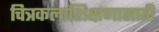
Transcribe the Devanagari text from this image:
चित्रकलाशिक्षणासाठी